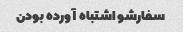
سفارشو اشتباه آورده بودن